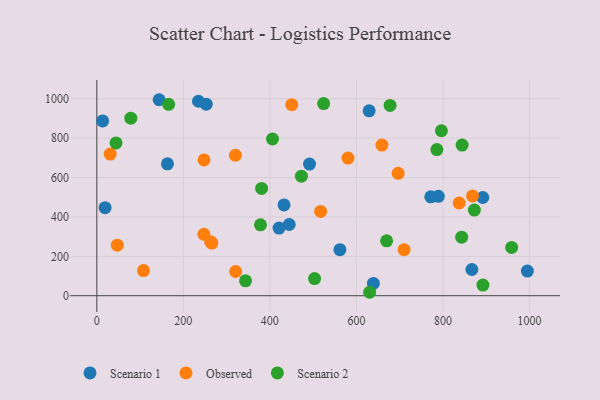
{"axis": {"x": "Experience", "y": "Demand"}, "legend": ["Observed", "Scenario 1", "Scenario 2"], "data": [{"x": "772.0", "y": 502.2, "type": "Scenario 1"}, {"x": "144.1", "y": 995.3, "type": "Scenario 1"}, {"x": "432.8", "y": 461.0, "type": "Scenario 1"}, {"x": "421.3", "y": 343.6, "type": "Scenario 1"}, {"x": "629.5", "y": 939.1, "type": "Scenario 1"}, {"x": "867.0", "y": 133.1, "type": "Scenario 1"}, {"x": "639.3", "y": 62.6, "type": "Scenario 1"}, {"x": "252.9", "y": 972.6, "type": "Scenario 1"}, {"x": "491.7", "y": 668.4, "type": "Scenario 1"}, {"x": "892.3", "y": 498.7, "type": "Scenario 1"}, {"x": "444.7", "y": 361.6, "type": "Scenario 1"}, {"x": "13.4", "y": 887.7, "type": "Scenario 1"}, {"x": "561.9", "y": 234.0, "type": "Scenario 1"}, {"x": "235.0", "y": 987.6, "type": "Scenario 1"}, {"x": "995.3", "y": 125.4, "type": "Scenario 1"}, {"x": "19.1", "y": 447.0, "type": "Scenario 1"}, {"x": "163.3", "y": 669.6, "type": "Scenario 1"}, {"x": "789.5", "y": 504.5, "type": "Scenario 1"}, {"x": "247.4", "y": 312.1, "type": "Observed"}, {"x": "30.9", "y": 719.5, "type": "Observed"}, {"x": "247.8", "y": 689.8, "type": "Observed"}, {"x": "659.1", "y": 764.9, "type": "Observed"}, {"x": "868.5", "y": 506.9, "type": "Observed"}, {"x": "47.4", "y": 256.9, "type": "Observed"}, {"x": "320.4", "y": 713.3, "type": "Observed"}, {"x": "320.8", "y": 123.1, "type": "Observed"}, {"x": "837.6", "y": 470.8, "type": "Observed"}, {"x": "580.6", "y": 699.0, "type": "Observed"}, {"x": "265.8", "y": 267.3, "type": "Observed"}, {"x": "517.3", "y": 428.2, "type": "Observed"}, {"x": "450.6", "y": 970.3, "type": "Observed"}, {"x": "107.9", "y": 127.8, "type": "Observed"}, {"x": "263.1", "y": 274.4, "type": "Observed"}, {"x": "710.3", "y": 233.7, "type": "Observed"}, {"x": "696.6", "y": 621.5, "type": "Observed"}, {"x": "872.8", "y": 434.9, "type": "Scenario 2"}, {"x": "44.4", "y": 775.7, "type": "Scenario 2"}, {"x": "524.3", "y": 976.0, "type": "Scenario 2"}, {"x": "406.1", "y": 795.9, "type": "Scenario 2"}, {"x": "343.7", "y": 75.7, "type": "Scenario 2"}, {"x": "630.6", "y": 17.5, "type": "Scenario 2"}, {"x": "796.6", "y": 837.8, "type": "Scenario 2"}, {"x": "473.0", "y": 607.2, "type": "Scenario 2"}, {"x": "78.6", "y": 901.4, "type": "Scenario 2"}, {"x": "378.3", "y": 359.9, "type": "Scenario 2"}, {"x": "669.9", "y": 278.8, "type": "Scenario 2"}, {"x": "892.5", "y": 54.1, "type": "Scenario 2"}, {"x": "844.5", "y": 764.8, "type": "Scenario 2"}, {"x": "677.9", "y": 966.2, "type": "Scenario 2"}, {"x": "503.4", "y": 87.1, "type": "Scenario 2"}, {"x": "166.0", "y": 972.0, "type": "Scenario 2"}, {"x": "843.4", "y": 297.5, "type": "Scenario 2"}, {"x": "380.9", "y": 544.7, "type": "Scenario 2"}, {"x": "959.0", "y": 245.1, "type": "Scenario 2"}, {"x": "786.1", "y": 742.0, "type": "Scenario 2"}]}